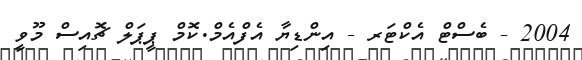
2004 - ބެސްޓް އެކްޓަރ - އިންޑިޔާ އެފްއެމް.ކޮމް ޕީޕަލް ޗޮއިސް މޫވީ